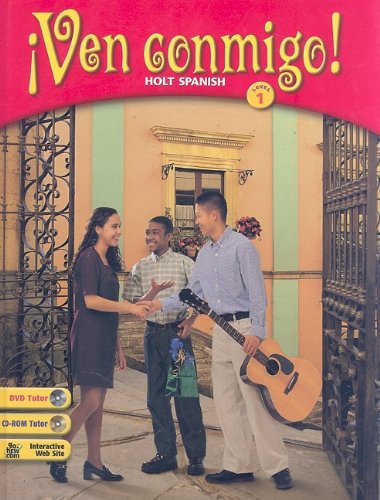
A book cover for Ven Conmigo!: Holt Spanish Level 1 (Spanish Edition)[BOOK ONLY]; Nancy A. Humbach; Teen & Young Adult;